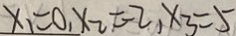
x _ { 1 } = 0 , x _ { 2 } = - 2 , x _ { 3 } = 5